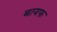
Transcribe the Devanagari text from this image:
बायफ